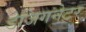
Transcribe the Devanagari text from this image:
डेजिगनेटर